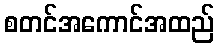
စတင်အကောင်အထည်